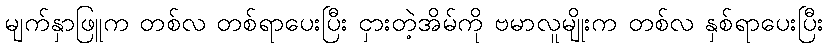
မျက်နှာဖြူက တစ်လ တစ်ရာပေးပြီး ငှားတဲ့အိမ်ကို ဗမာလူမျိုးက တစ်လ နှစ်ရာပေးပြီး